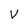
Character: V